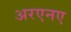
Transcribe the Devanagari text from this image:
अरएनए